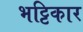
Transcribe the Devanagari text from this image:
भट्टिकार